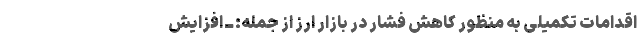
اقدامات تکمیلی به منظور کاهش فشار در بازار ارز از جمله: ــ افزایش